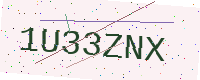
Text: 1U33ZNX